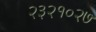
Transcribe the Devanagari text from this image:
२३२१०२७